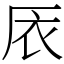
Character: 㕈